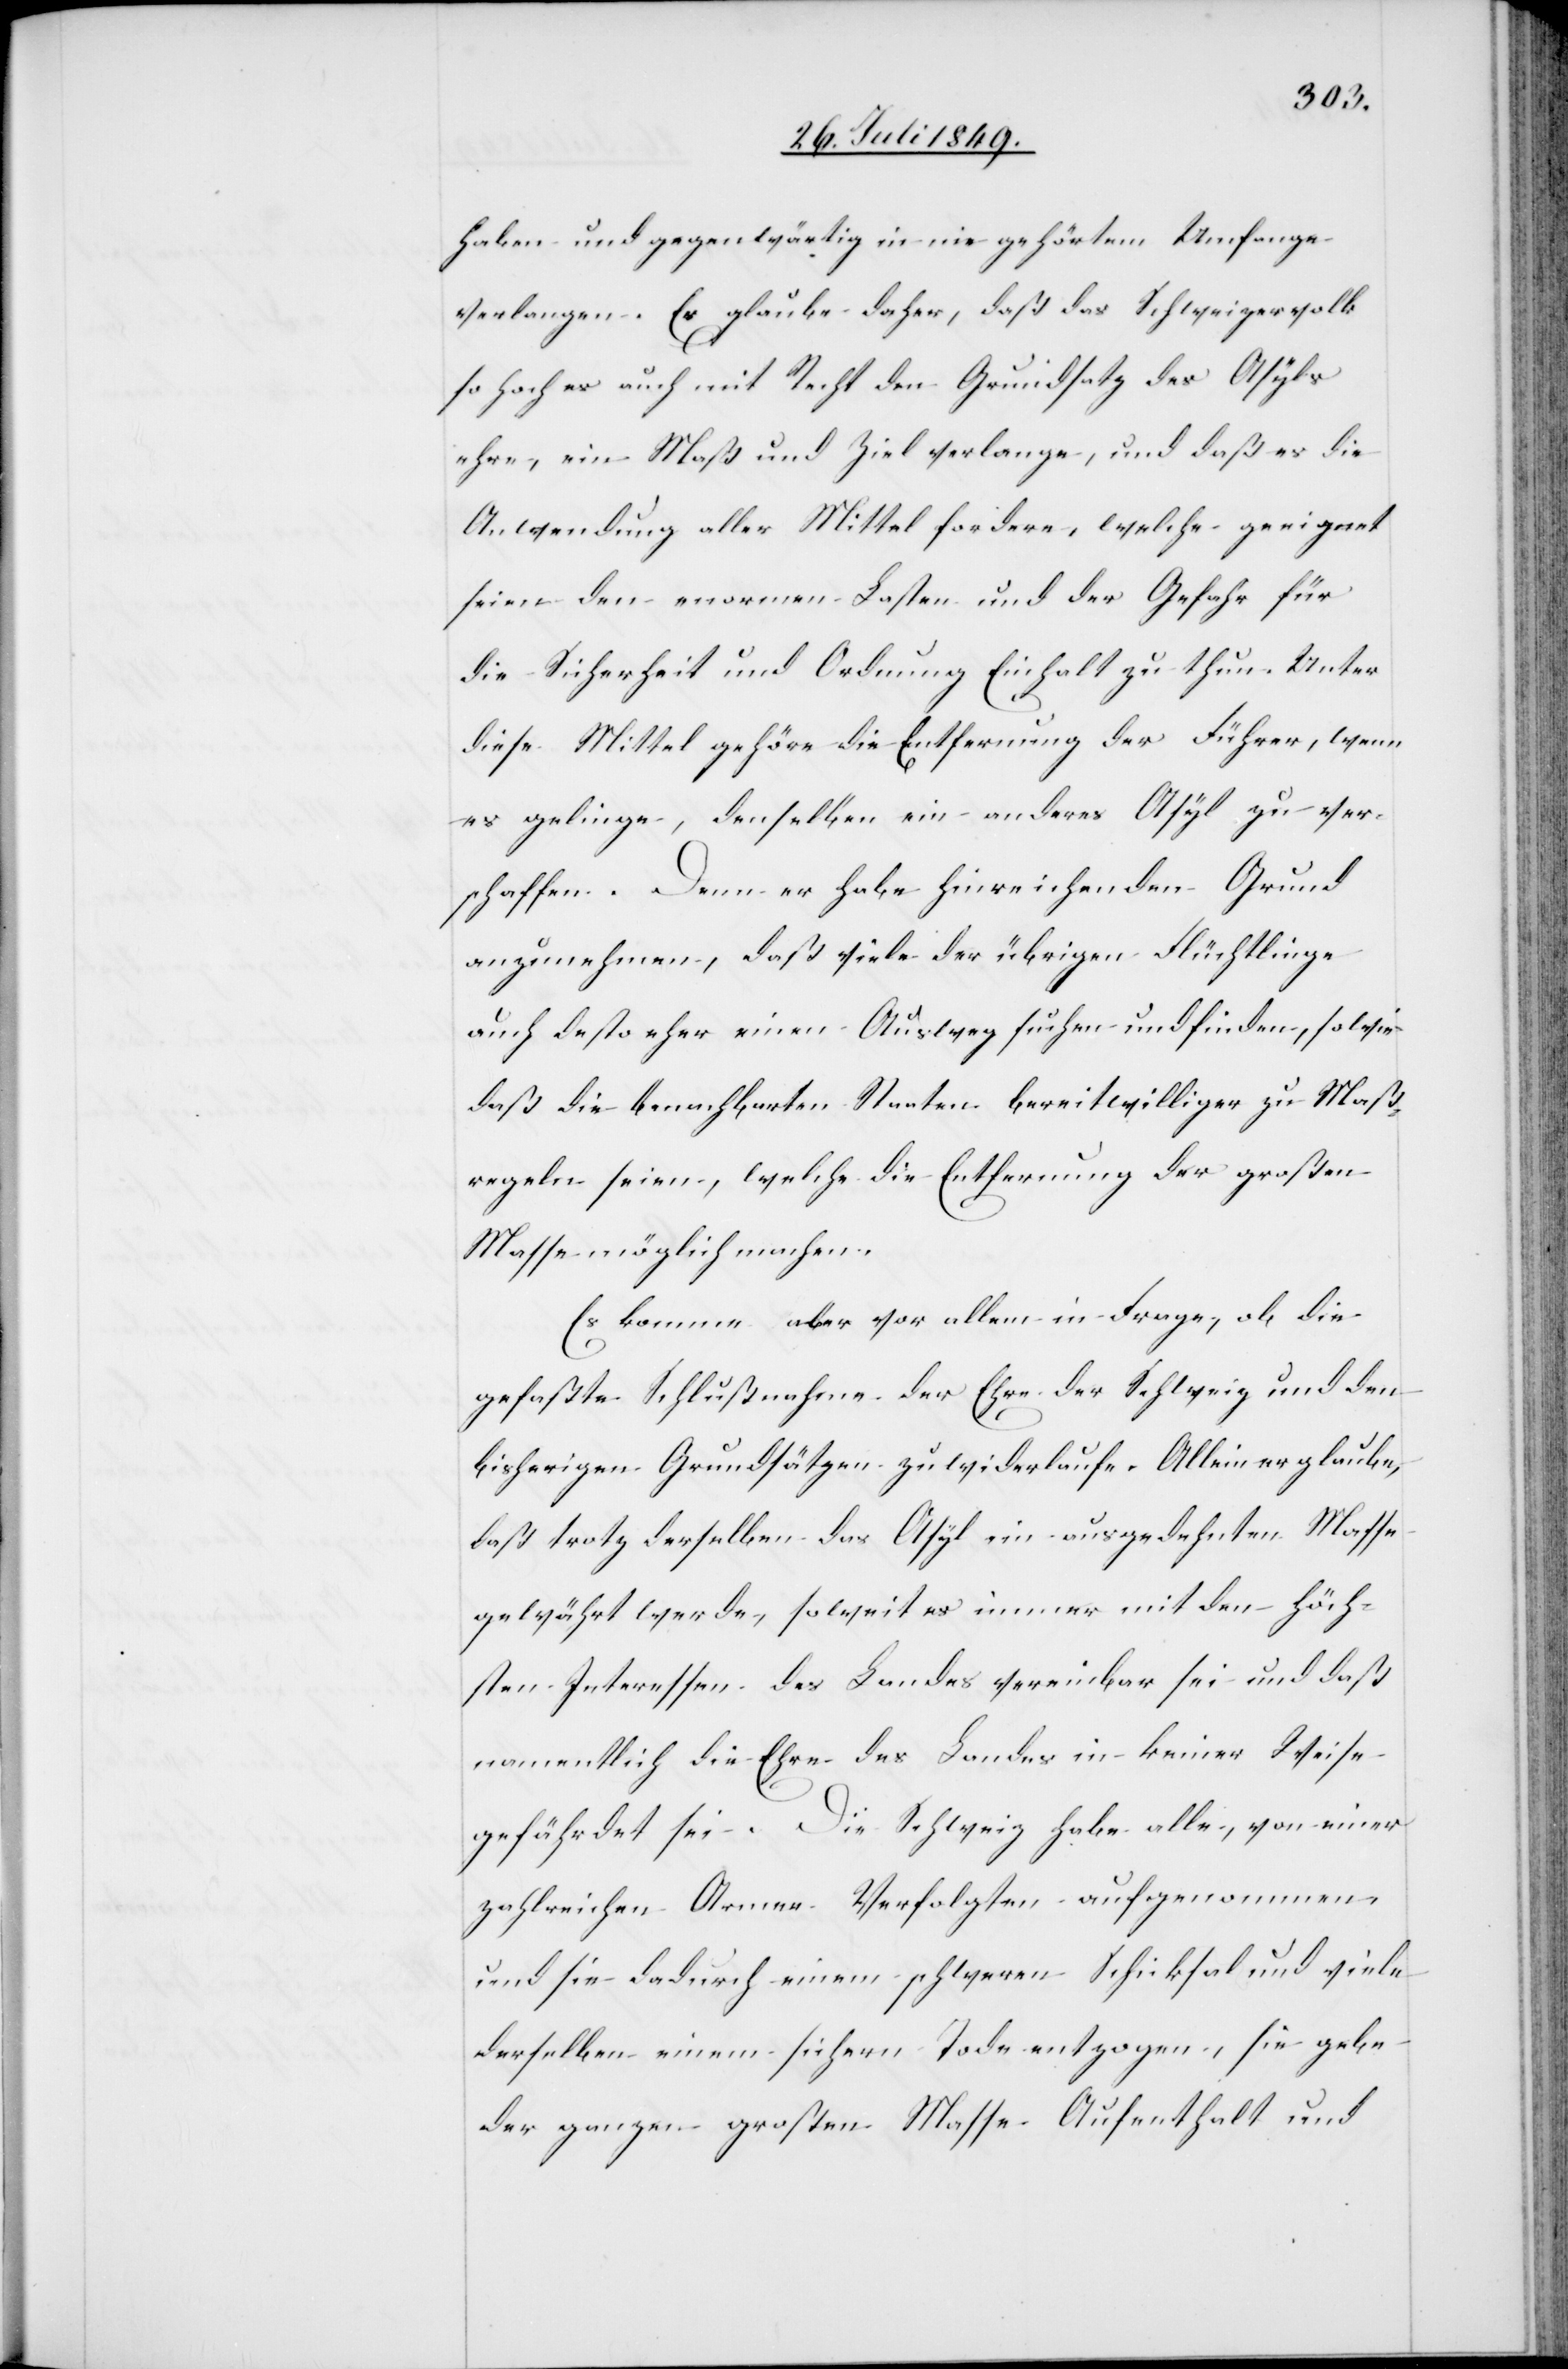
haben und gegenwärtig in nie gehörtem Umfange
verlange. Er glaube daher, daß das Schweizervolk
so hoch es auch mit Recht den Grundsatz des Asyls
ehre, ein Maß und Ziel verlange, und daß es die
Anwendung aller Mittel fordere, welche geeignet
seien den enormen Lasten und der Gefahr für
die Sicherheit und Ordnung Einhalt zu thun. Unter
diese Mittel gehöre die Entfernung der Führer, wenn
es gelinge, denselben ein anderes Asyl zu ver¬
schaffen. Denn er habe hinreichenden Grund
anzunehmen, daß viele der übrigen Flüchtlinge
auch desto eher einen Ausweg suchen und finden, sowie
daß die benachbarten Staaten bereitwilliger zu Maß¬
regeln seien, welche die Entfernung der großen
Masse möglich machen.
Es komme aber vor allem in Frage, ob die
gefaßte Schlußnahme der Ehre der Schweiz und den
bisherigen Grundsätzen zu widerlaufe. Allein er glaube,
daß trotz derselben das Asyl im ausgedehnten Masse
gewährt werde, soweit es immer mit den höch¬
sten Interessen des Landes vereinbar sei und das
namentlich die Ehre des Landes in keiner Weise
gefährdet sei. Die Schweiz habe alle, von einer
zahlreichen Armee Verfolgten aufgenommen
und sie dadurch einem schweren Schicksal und viele
derselben einem sichern Tode entzogen, sie gebe
der ganzen großen Masse Aufenthalt und